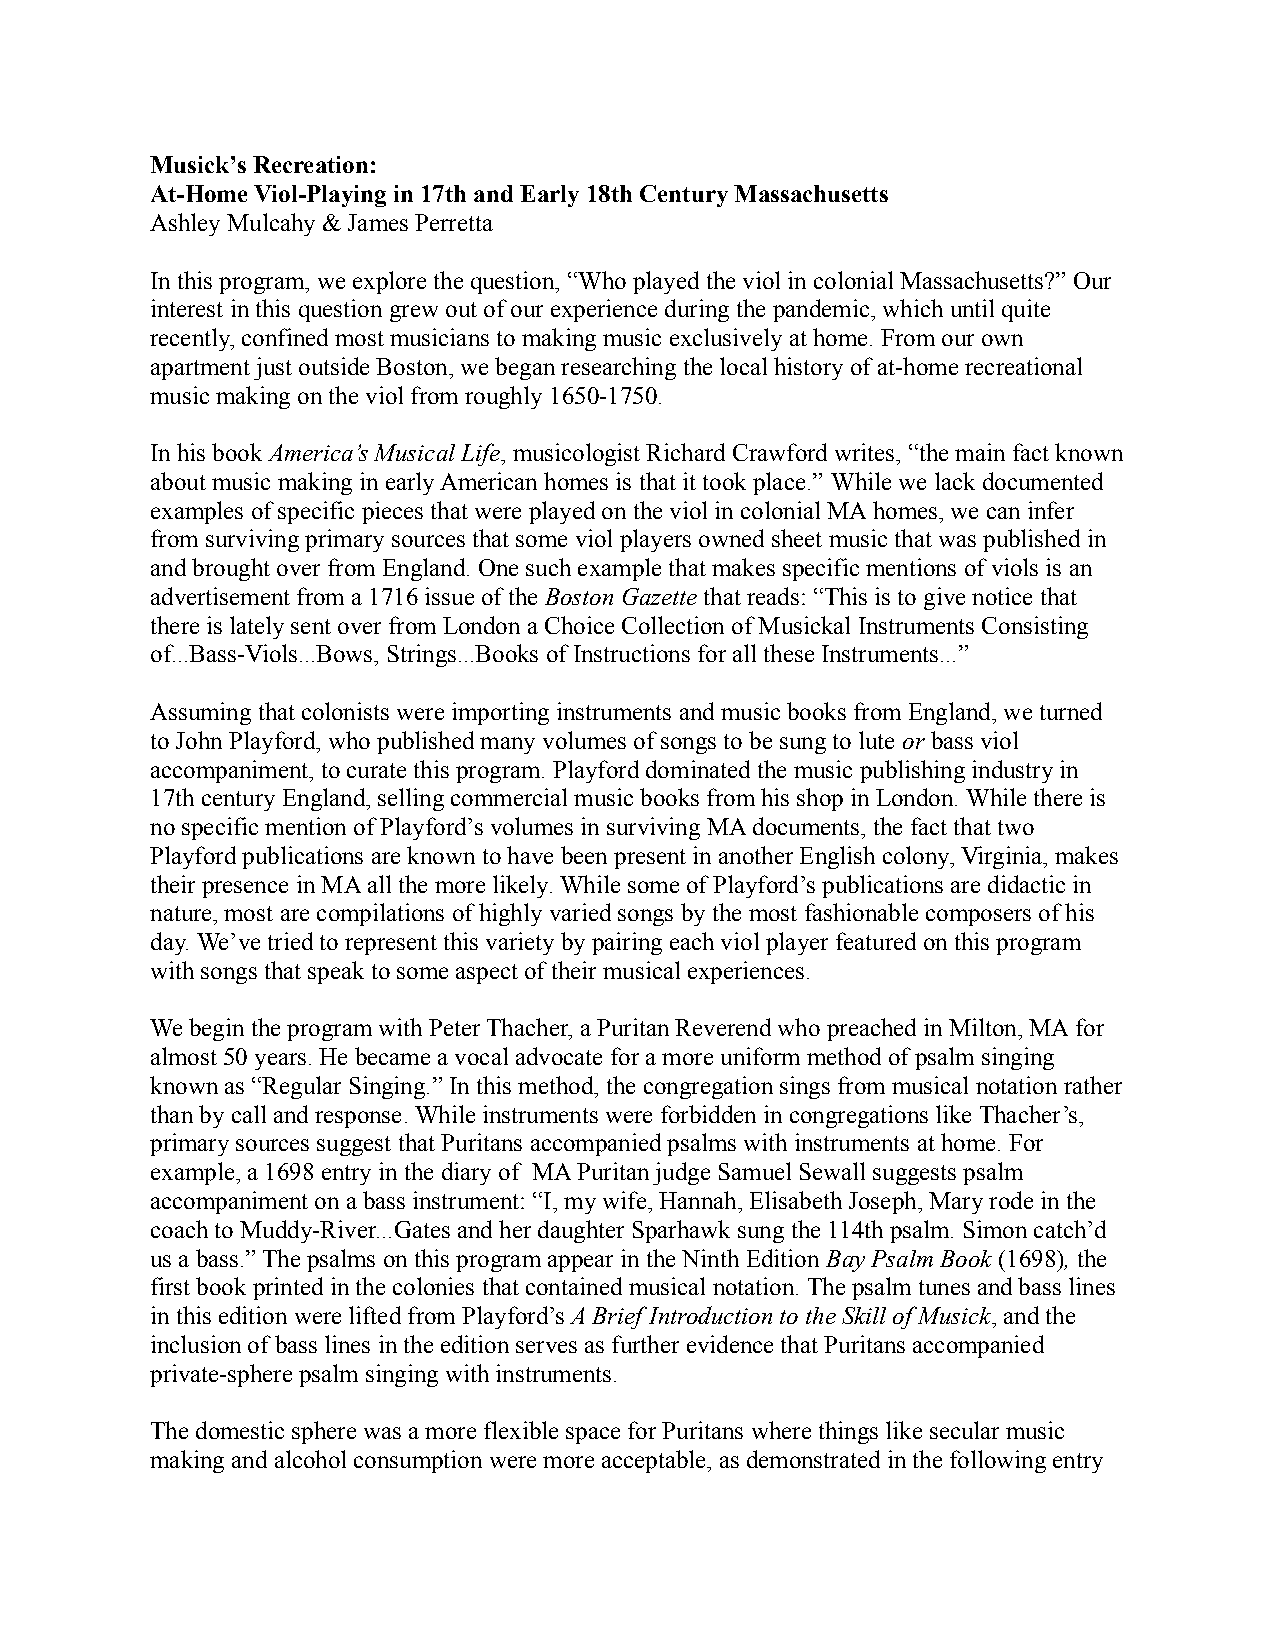
Musick’s Recreation:
 At-Home Viol-Playing in 17th and Early 18th Century Massachusetts
 Ashley Mulcahy & James Perretta
 In this program, we explore the question, “Who played the viol in colonial Massachusetts?” Our
 interest in this questiongrew out of our experience during the pandemic, which until quite
 recently, confined most musicians to making music exclusively at home. From our own
 apartment just outside Boston, we began researching the local history of at-home recreational
 music making on the viol from roughly 1650-1750.
 In his bookAmerica’s Musical Life, musicologist Richard Crawford writes, “the main fact known
 about music making in early American homes is that it took place.” While we lack documented
 examples of specific pieces that were played on the viol in colonial MA homes, we can infer
 from surviving primary sources that some viol players owned sheet music that was published in
 and brought over from England. One such example that makes specific mentions of viols is an
 advertisement from a 1716 issue of theBoston Gazette that reads: “This is to give notice that
 there is lately sent over from London a Choice Collection of Musickal Instruments Consisting
 of...Bass-Viols...Bows, Strings...Books of Instructions for all these Instruments...”
 Assuming that colonists were importing instruments and music books from England, we turned
 to John Playford, who published many volumes of songs to be sung to lute orbass viol
 accompaniment, to curate this program. Playford dominated the music publishing industry in
 17th century England, selling commercial music books from his shop in London. While there is
 no specific mention of Playford’s volumes in surviving MA documents, the fact that two
 Playford publications are known to have been present in another English colony, Virginia, makes
 their presence in MA all the more likely. While some of Playford’s publications are didactic in
 nature, most are compilations of highly varied songs by the most fashionable composers of his
 day. We’ve tried to represent this variety by pairing each viol player featured on this program
 with songs that speak to some aspect of their musical experiences.
 We begin the program with Peter Thacher, a Puritan Reverend who preached in Milton, MA for
 almost 50 years. He became a vocal advocate for a more uniform method of psalm singing
 known as “Regular Singing.” In this method, the congregation sings from musical notation rather
 than by call and response. While instruments were forbidden in congregations like Thacher’s,
 primary sources suggest that Puritans accompanied psalms with instruments at home. For
 example, a 1698 entry in the diary of MA Puritan judge Samuel Sewall suggests psalm
 accompaniment on a bass instrument: “I, my wife, Hannah, Elisabeth Joseph, Mary rode in the
 coach to Muddy-River...Gates and her daughter Sparhawk sung the 114th psalm. Simon catch’d
 us a bass.” The psalms on this program appear in the Ninth Edition Bay Psalm Book (1698),the
 first book printed in the colonies that contained musical notation. The psalm tunes and bass lines
 in this edition were lifted from Playford’sA Brief Introduction to the Skill of Musick, and the
 inclusion of bass lines in the edition serves as further evidence that Puritans accompanied
 private-sphere psalm singing with instruments.
 The domestic sphere was a more flexible space for Puritans where things like secular music
 making and alcohol consumption were more acceptable, as demonstrated in the following entry